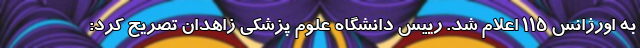
به اورژانس ۱۱۵ اعلام شد. رییس دانشگاه علوم پزشکی زاهدان تصریح کرد: